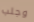
وجلب